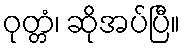
ဝုတ္တံ၊ ဆိုအပ်ပြီ။